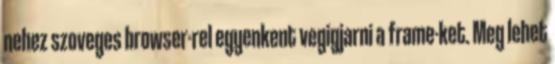
nehez szoveges browser-rel egyenkent vegigjarni a frame-ket. Meg lehet